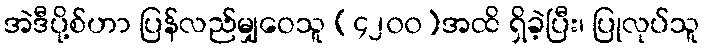
အဲဒီပို့စ်ဟာ ပြန်လည်မျှဝေသူ (၄၂၀၀)အထိ ရှိခဲ့ပြီး၊ ပြုလုပ်သူ